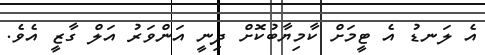
އެ ލަނޑު އެ ޓީމަށް ކާމިޔާބުކޮށް ދިނީ އަންވަރު އަލް ގާޒީ އެވެ.